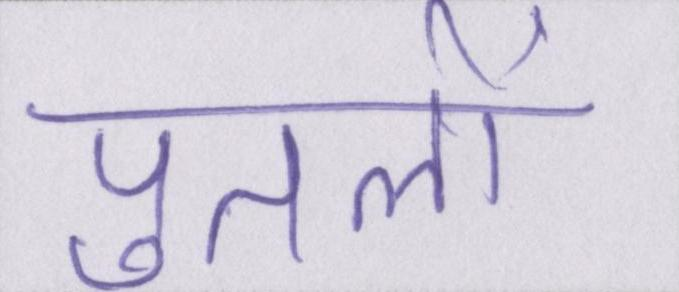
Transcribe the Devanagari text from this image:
पुतलों